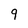
Character: 9